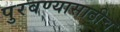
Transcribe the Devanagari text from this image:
पुरवण्यासाठीच